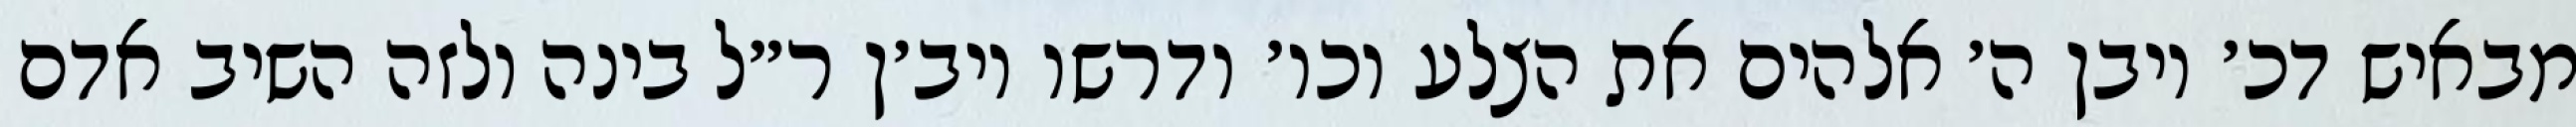
מבאיש דכ׳ ויבן ה׳ אלהים את הצלע וכו׳ ודרשו ויב׳ן ר״ל בינה ולזה השיב אדם